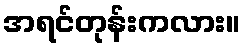
အရင်တုန်းကလား။